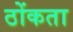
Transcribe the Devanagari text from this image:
ठोंकता